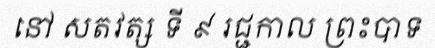
នៅ សតវត្ស ទី ៩ រជ្ជកាល ព្រះបាទ